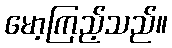
မော့ကြည့်သည်။